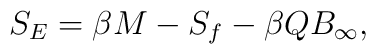
S_{E} = \beta M - S_{f} - \beta Q B_{\infty},